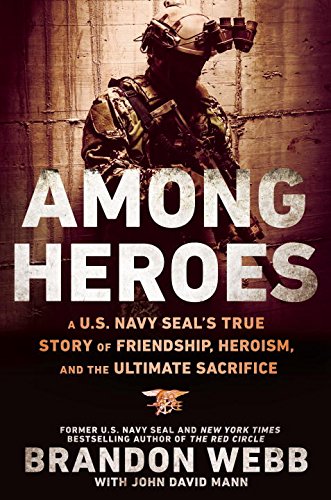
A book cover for Among Heroes: A U.S. Navy SEAL's True Story of Friendship, Heroism, and the Ultimate Sacrifice; Brandon Webb; Biographies & Memoirs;